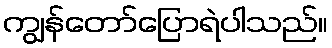
ကျွန်တော်ပြောရဲပါသည်။